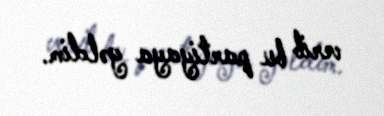
verib bu partiyaya gəldim.